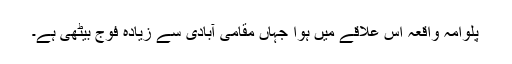
پلوامہ واقعہ اس علاقے میں ہوا جہاں مقامی آبادی سے زیادہ فوج بیٹھی ہے۔